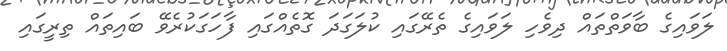
ލަވައިގެ ބާވަތްތައް ދިވެހި ލަވައިގެ ތެރޭގައި ކުލަގަދަ ގޮތެއްގައި ފާހަގަކުރެވޭ ބައިތައް ތިރީގައި